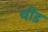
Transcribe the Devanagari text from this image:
थीड